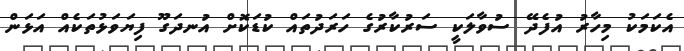
އެކަމަކު މިހާރު އުފެދޭ ސުވާލަކީ ސަރުކާރުގެ ހަރަދުތައް ކުޑަކޮށް އުނދަގޫ ފިޔަވަޅުތަކެއް އަޅަން